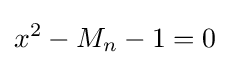
x^{2}-M_{n}-1=0